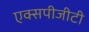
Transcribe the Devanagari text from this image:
एक्सपीजीटी